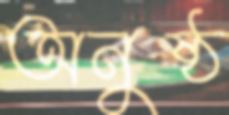
অনুষ্ঠ